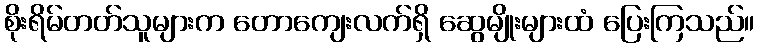
စိုးရိမ်တတ်သူများက တောကျေးလက်ရှိ ဆွေမျိုးများထံ ပြေးကြသည်။